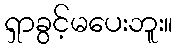
ရှာခွင့်မပေးဘူး။